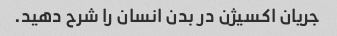
جریان اکسیژن در بدن انسان را شرح دهید.